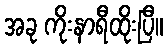
အခု ကိုးနာရီထိုးပြီ။